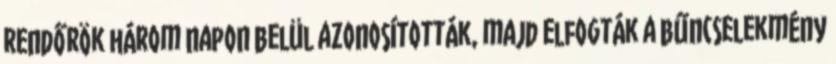
rendőrök három napon belül azonosították, majd elfogták a bűncselekmény